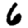
Digit: 6